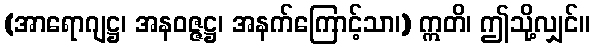
(အာရောဂျဋ္ဌ၊ အနဝဇ္ဇဋ္ဌ၊ အနက်ကြောင့်သာ၊) ဣတိ၊ ဤသို့လျှင်။